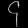
Digit: ၄